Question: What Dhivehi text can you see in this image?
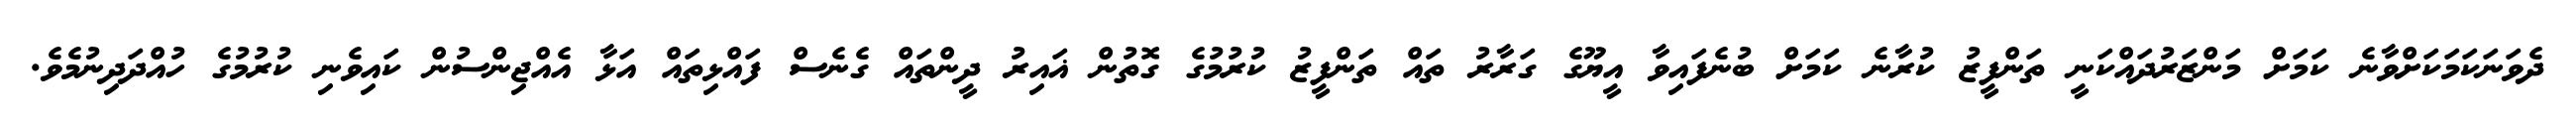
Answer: ދެވަނަކަމަކަށްވާނެ ކަމަށް މަންޒަރުދައްކަނީ ތަންފީޒު ކުރާނެ ކަމަށް ބުނެފައިވާ އީޔޫގެ ގަރާރު ތައް ތަންފީޒު ކުރުމުގެ ގޮތުން ޣައިރު ދީންތައް ގެނެސް ފައްޅިތައް އަޅާ އެއްޖިންސުން ކައިވެނި ކުރުމުގެ ހުއްދަދިނުމެވެ.